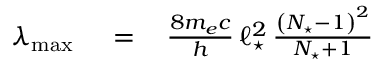
\begin{array} { r l r } { \lambda _ { \mathrm { m a x } } \, } & { { } = } & { \, \frac { 8 m _ { e } c } { h } \, \ell _ { \star } ^ { 2 } \, \frac { \left( N _ { \star } - 1 \right) ^ { 2 } } { N _ { \star } + 1 } } \end{array}